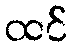
ထင်